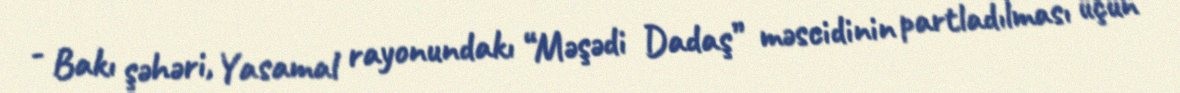
- Bakı şəhəri, Yasamal rayonundakı “Məşədi Dadaş” məscidinin partladılması üçün